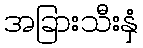
အခြားသီးနှံ